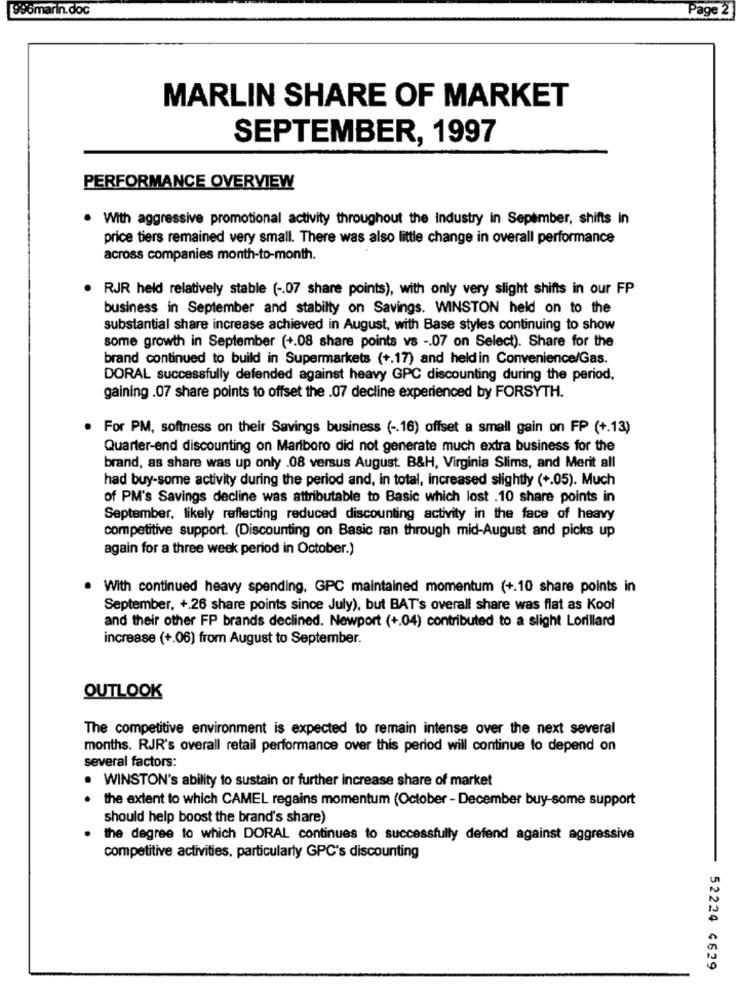
996marin.doc
Page 2
MARLIN SHARE OF MARKET
SEPTEMBER, 1997
PERFORMANCE OVERVIEW
. With aggressive promotional activity throughout the Industry in Sepember, shifts in
price tiers remained very small. There was also little change in overall performance
across companies month-to-month.
RJR held relatively stable ( -. 07 share points), with only very slight shifts in our FP
business in September and stabilty on Savings. WINSTON held on to the
substantial share increase achieved in August, with Base styles continuing to show
some growth in September (+.08 share points vs -. 07 on Select). Share for the
brand continued to build in Supermarkets (+.17) and heldin Convenience/Gas.
DORAL successfully defended against heavy GPC discounting during the period.
gaining .07 share points to offset the .07 decline experienced by FORSYTH.
For PM, softness on their Savings business ( -. 16) offset a small gain on FP (+.13)
Quarter-end discounting on Marlboro did not generate much extra business for the
brand, as share was up only .08 versus August. B&H, Virginia Slims, and Merit all
had buy-some activity during the period and, in total, increased slightly (+.05). Much
of PM's Savings decline was attributable to Basic which lost .10 share points in
September, likely reflecting reduced discounting activity in the face of heavy
competitive support. (Discounting on Basic ran through mid-August and picks up
again for a three week period in October.)
With continued heavy spending, GPC maintained momentum (+.10 share points in
September, +.26 share points since July), but BAT's overall share was flat as Kool
and their other FP brands declined. Newport (+.04) contributed to a slight Lorillard
increase (+.06) from August to September.
OUTLOOK
The competitive environment is expected to remain intense over the next several
months. RJR's overall retail performance over this period will continue to depend on
several factors:
. WINSTON's ability to sustain or further increase share of market
the extent to which CAMEL regains momentum (October - December buy-some support
should help boost the brand's share)
the degree to which DORAL continues to successfully defend against aggressive
competitive activities, particularly GPC's discounting
52224 4629